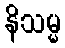
နိသမ္မ